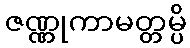
ဇဏ္ဏုကာမတ္တမ္ပိ